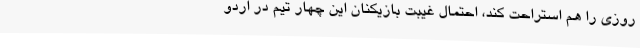
روزی را هم استراحت کند، احتمال غیبت بازیکنان این چهار تیم در اردو